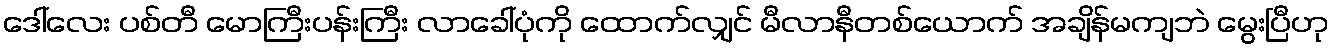
ဒေါ်လေး ပစ်တီ မောကြီးပန်းကြီး လာခေါ်ပုံကို ထောက်လျှင် မီလာနီတစ်ယောက် အချိန်မကျဘဲ မွေးပြီဟု